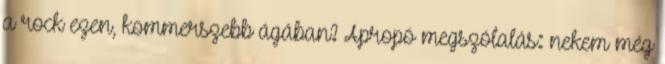
a rock ezen, kommerszebb ágában? Apropó megszólalás: nekem még